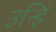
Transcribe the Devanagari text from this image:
उन्हिं